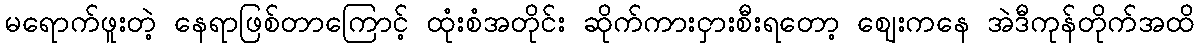
မရောက်ဖူးတဲ့ နေရာဖြစ်တာကြောင့် ထုံးစံအတိုင်း ဆိုက်ကားငှားစီးရတော့ ဈေးကနေ အဲဒီကုန်တိုက်အထိ